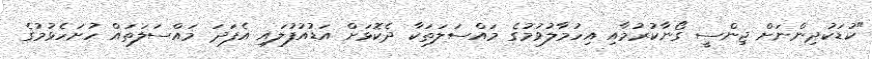
"ކުޑަކުދިންނަށް ޖިންސީ ގޯނާކުރުމާއި އިހުމާލުވުމުގެ މައްސަލަތަކާ ދެކޮޅަށް އަޑުއުފުލައި އެފަދަ މައްސަލަތައް ހުށަހެޅުމުގެ